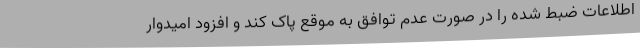
اطلاعات ضبط شده را در صورت عدم توافق به موقع پاک کند و افزود امیدوار